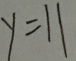
y = 1 1